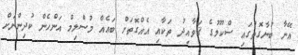
އޭނާ ބުނާގޮތުގައި ސްކޫލުގެ ޤަވާއިދު ތަކާއި އެއްގޮތަށް ބައެއް މުސްލިމް އަންހެން ކުދިންނަށް